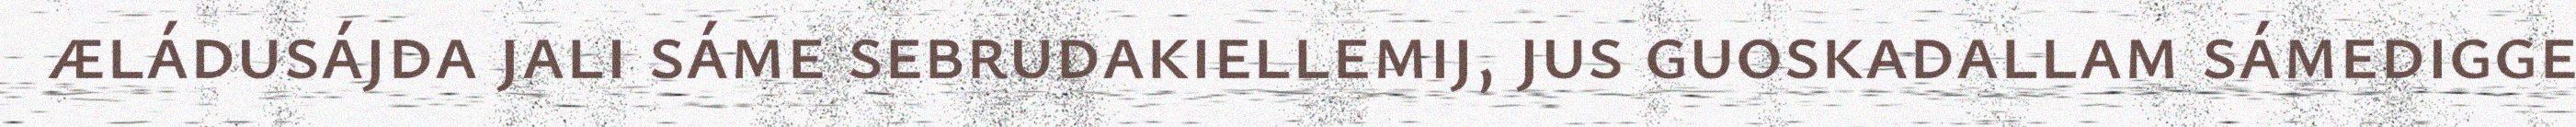
æládusájda jali sáme sebrudakiellemij, jus guoskadallam sámedigge